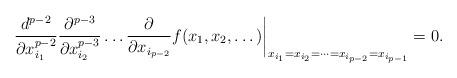
LaTeX: \begin{align*}\frac{d^{p-2}}{\partial x_{i_1}^{p-2}} \frac{\partial^{p-3}}{\partial x_{i_2}^{p-3}}\dots \frac{\partial}{\partial x_{i_{p-2}}}f(x_1,x_2,\dots) \biggr|_{x_{i_1}=x_{i_2}=\dots=x_{i_{p-2}}=x_{i_{p-1}}}=0. \end{align*}